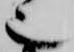
也